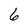
Character: 6